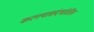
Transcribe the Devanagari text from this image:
करण्यासंदर्भातील